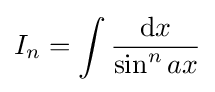
I_{n}=\int {\frac {{\text{d}}x}{\sin ^{n}{ax}}}\,\!